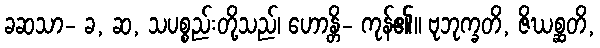
ခဆသာ- ခ, ဆ, သပစ္စည်းတို့သည်၊ ဟောန္တိ- ကုန်၏။ ဗုဘုက္ခတိ, ဇိဃစ္ဆတိ,